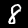
Label: 8